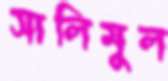
সালিমুল